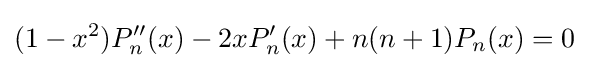
(1-x^{2})P_{n}''(x)-2xP_{n}'(x)+n(n+1)P_{n}(x)=0